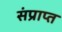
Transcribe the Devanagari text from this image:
संप्राप्त